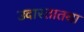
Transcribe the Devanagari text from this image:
उदारतातथा